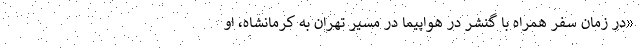
«در زمان سفر همراه با گنشر در هواپیما در مسیر تهران به کرمانشاه، او